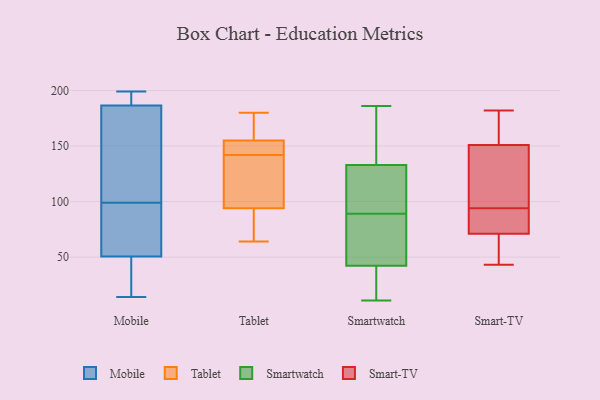
{"axis": {"x": "Energy Usage (MWh)", "y": "Value"}, "legend": ["Mobile", "Smart-TV", "Smartwatch", "Tablet"], "data": [{"x": "", "y": 14, "type": "Mobile"}, {"x": "", "y": 195, "type": "Mobile"}, {"x": "", "y": 86, "type": "Mobile"}, {"x": "", "y": 162, "type": "Mobile"}, {"x": "", "y": 199, "type": "Mobile"}, {"x": "", "y": 62, "type": "Mobile"}, {"x": "", "y": 195, "type": "Mobile"}, {"x": "", "y": 181, "type": "Mobile"}, {"x": "", "y": 192, "type": "Mobile"}, {"x": "", "y": 64, "type": "Mobile"}, {"x": "", "y": 79, "type": "Mobile"}, {"x": "", "y": 127, "type": "Mobile"}, {"x": "", "y": 28, "type": "Mobile"}, {"x": "", "y": 112, "type": "Mobile"}, {"x": "", "y": 25, "type": "Mobile"}, {"x": "", "y": 39, "type": "Mobile"}, {"x": "", "y": 168, "type": "Tablet"}, {"x": "", "y": 64, "type": "Tablet"}, {"x": "", "y": 155, "type": "Tablet"}, {"x": "", "y": 180, "type": "Tablet"}, {"x": "", "y": 115, "type": "Tablet"}, {"x": "", "y": 145, "type": "Tablet"}, {"x": "", "y": 78, "type": "Tablet"}, {"x": "", "y": 139, "type": "Tablet"}, {"x": "", "y": 153, "type": "Tablet"}, {"x": "", "y": 94, "type": "Tablet"}, {"x": "", "y": 186, "type": "Smartwatch"}, {"x": "", "y": 121, "type": "Smartwatch"}, {"x": "", "y": 136, "type": "Smartwatch"}, {"x": "", "y": 11, "type": "Smartwatch"}, {"x": "", "y": 28, "type": "Smartwatch"}, {"x": "", "y": 23, "type": "Smartwatch"}, {"x": "", "y": 122, "type": "Smartwatch"}, {"x": "", "y": 80, "type": "Smartwatch"}, {"x": "", "y": 47, "type": "Smartwatch"}, {"x": "", "y": 154, "type": "Smartwatch"}, {"x": "", "y": 132, "type": "Smartwatch"}, {"x": "", "y": 65, "type": "Smartwatch"}, {"x": "", "y": 89, "type": "Smartwatch"}, {"x": "", "y": 69, "type": "Smart-TV"}, {"x": "", "y": 182, "type": "Smart-TV"}, {"x": "", "y": 72, "type": "Smart-TV"}, {"x": "", "y": 43, "type": "Smart-TV"}, {"x": "", "y": 146, "type": "Smart-TV"}, {"x": "", "y": 99, "type": "Smart-TV"}, {"x": "", "y": 78, "type": "Smart-TV"}, {"x": "", "y": 167, "type": "Smart-TV"}, {"x": "", "y": 151, "type": "Smart-TV"}, {"x": "", "y": 97, "type": "Smart-TV"}, {"x": "", "y": 181, "type": "Smart-TV"}, {"x": "", "y": 71, "type": "Smart-TV"}, {"x": "", "y": 91, "type": "Smart-TV"}, {"x": "", "y": 55, "type": "Smart-TV"}]}